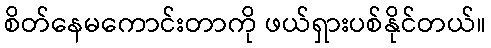
စိတ်နေမကောင်းတာကို ဖယ်ရှားပစ်နိုင်တယ်။